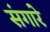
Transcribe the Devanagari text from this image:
संगारे